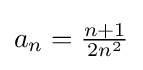
{\textstyle a_{n}={\frac {n+1}{2n^{2}}}}